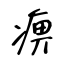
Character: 痹